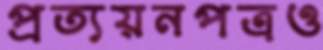
প্রত্যয়নপত্রও